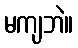
မကျဘဲ။